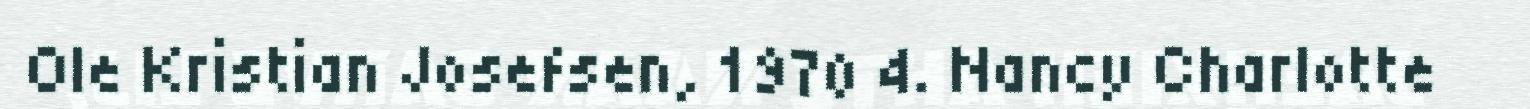
Ole Kristian Josefsen, 1970 4. Nancy Charlotte